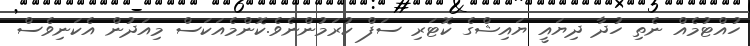
ހުއްޓުމެއް ނެތި ހުދާ ދިޔައީ ޔައިޝްގެ ކޮޓަރި ސަފް ކުރަމުންނެވެ.ކޮންމެއަކަސް މިއަދުން އެކަނިވެސް